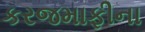
કરજમાફીના